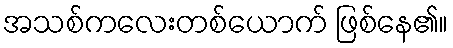
အသစ်ကလေးတစ်ယောက် ဖြစ်နေ၏။